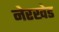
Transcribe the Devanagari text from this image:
नेरखेड